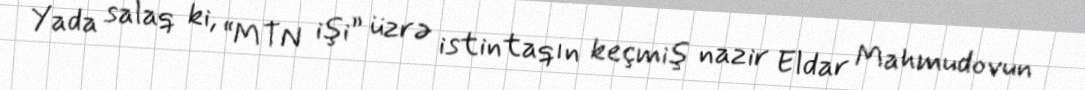
Yada salaq ki, “MTN işi” üzrə istintaqın keçmiş nazir Eldar Mahmudovun